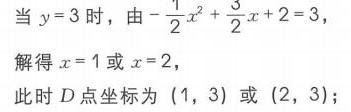
当\(y = 3\)时，由\(-\frac{1}{2}x^{2}+\frac{3}{2}x + 2 = 3\)，
解得\(x = 1\)或\(x = 2\)，
此时\(D\)点坐标为\((1,3)\)或\((2,3)\)；